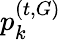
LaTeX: p_{k}^{(t,G)}